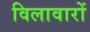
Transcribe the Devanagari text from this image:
विलावारों